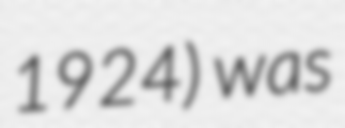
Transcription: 1924) was